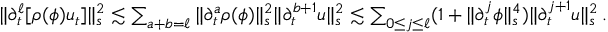
\begin{array} { r } { \| \partial _ { t } ^ { \ell } [ \rho ( \phi ) u _ { t } ] \| _ { s } ^ { 2 } \lesssim \sum _ { a + b = \ell } \| \partial _ { t } ^ { a } \rho ( \phi ) \| _ { s } ^ { 2 } \| \partial _ { t } ^ { b + 1 } u \| _ { s } ^ { 2 } \lesssim \sum _ { 0 \leq j \leq \ell } ( 1 + \| \partial _ { t } ^ { j } \phi \| _ { s } ^ { 4 } ) \| \partial _ { t } ^ { j + 1 } u \| _ { s } ^ { 2 } \, . } \end{array}